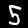
Label: 5